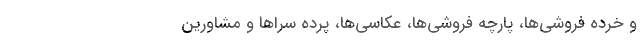
و خرده فروشی‌ها، پارچه فروشی‌ها‌، عکاسی‌ها، پرده سراها و مشاورین